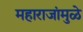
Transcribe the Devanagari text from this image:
महाराजांमुळे